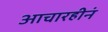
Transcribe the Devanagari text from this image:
आचारहीनं